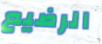
الرضيع